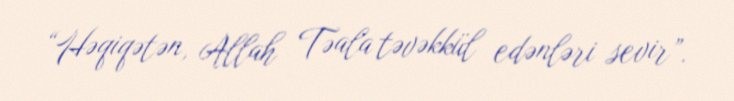
“Həqiqətən, Allah Təala təvəkkül edənləri sevir”.